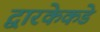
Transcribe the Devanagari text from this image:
द्वारकेकडे